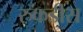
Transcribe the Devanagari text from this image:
रुकडीस